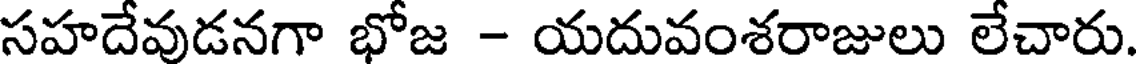
సహదేవుడనగా భోజ - యదువంశరాజులు లేచారు